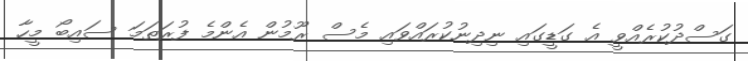
ގަސްދުކުރެއްވީ އެ ގަޑީގައި ނިދިނުކުރައްވައި މެސް ރޫމުން އެންމެ ފުރަތަމަ ސައިބޯ މީހާ